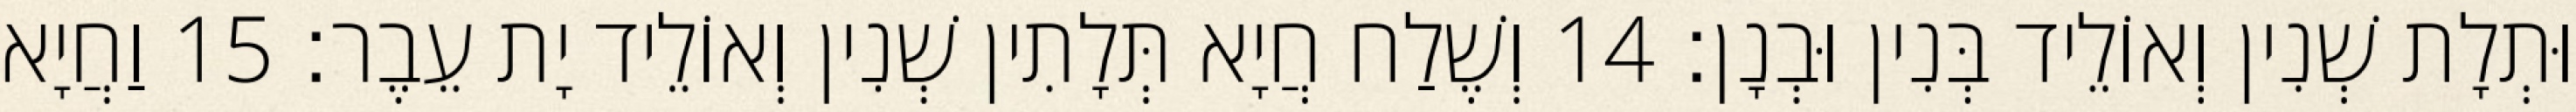
וּתְלָת שְׁנִין וְאוֹלֵיד בְּנִין וּבְנָן׃ 14 וְשֶׁלַח חֲיָא תְּלָתִין שְׁנִין וְאוֹלֵיד יָת עֵבֶר׃ 15 וַחֲיָא